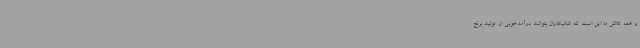
و همه تلاش ما این است که شالیکاران بتوانند درآمدخوبی از تولید برنج